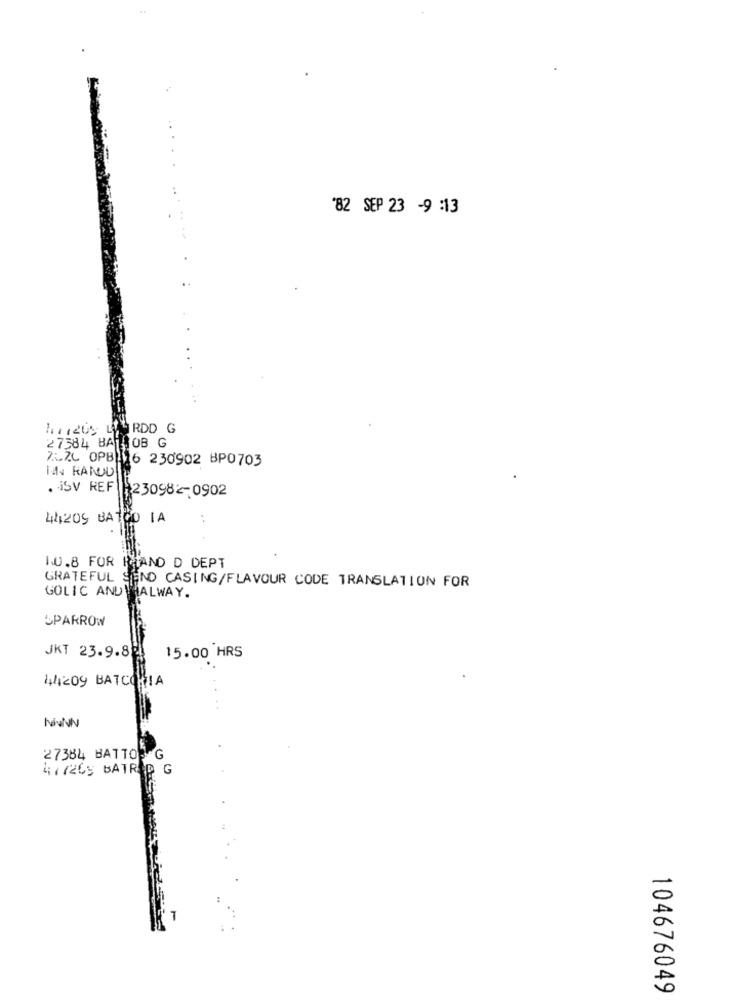
'82 SEP 23 -9 :13
h11209 WIRDD G
27584 BATBOB G
7:20 OPB)116 230902 BP0703
IN RANDD
. İSV REF 230982-0902
44209 BATGO IA
1.0.8 FOR THAND D DEPT
GRATEFUL SEND CASING/FLAVOUR CODE TRANSLATION FOR
GOLIC ANDWHALWAY.
SPARROW
JKT 23.9.8
15.00 HRS
44209 BATCORIA
NivNN
27384 BATTOS
G
477265 BATRA
G
104676049